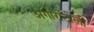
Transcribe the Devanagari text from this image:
अगाराटोली